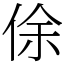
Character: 俆